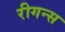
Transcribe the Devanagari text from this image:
रीगन्स